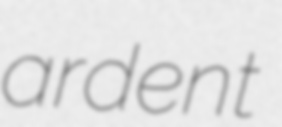
ardent